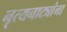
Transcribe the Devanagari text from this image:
नृत्यनाट्यांना